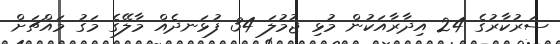
ސަރުކާރުގެ 24 އިދާރާއަކުން މުޅި ޖުމުލަ 34 ފުޅަނދެއް މާލޭގެ މަގު މައްޗަށް